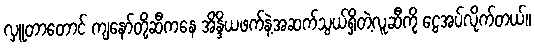
လှူတာတောင် ကျနော်တို့ဆီကနေ အိန္ဒိယဖက်နဲ့အဆက်သွယ်ရှိတဲ့လူဆီကို ငွေအပ်လိုက်တယ်။